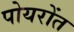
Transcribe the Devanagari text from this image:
पोयरोंत